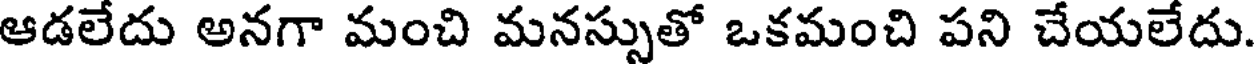
ఆడలేదు అనగా మంచి మనస్సుతో ఒకమంచి పని చేయలేదు.